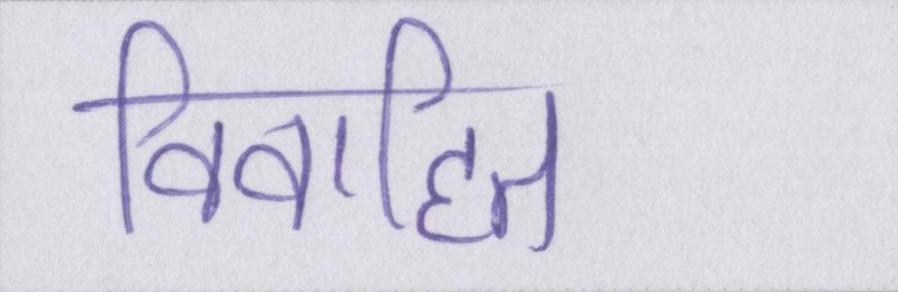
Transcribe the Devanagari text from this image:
विवाहित